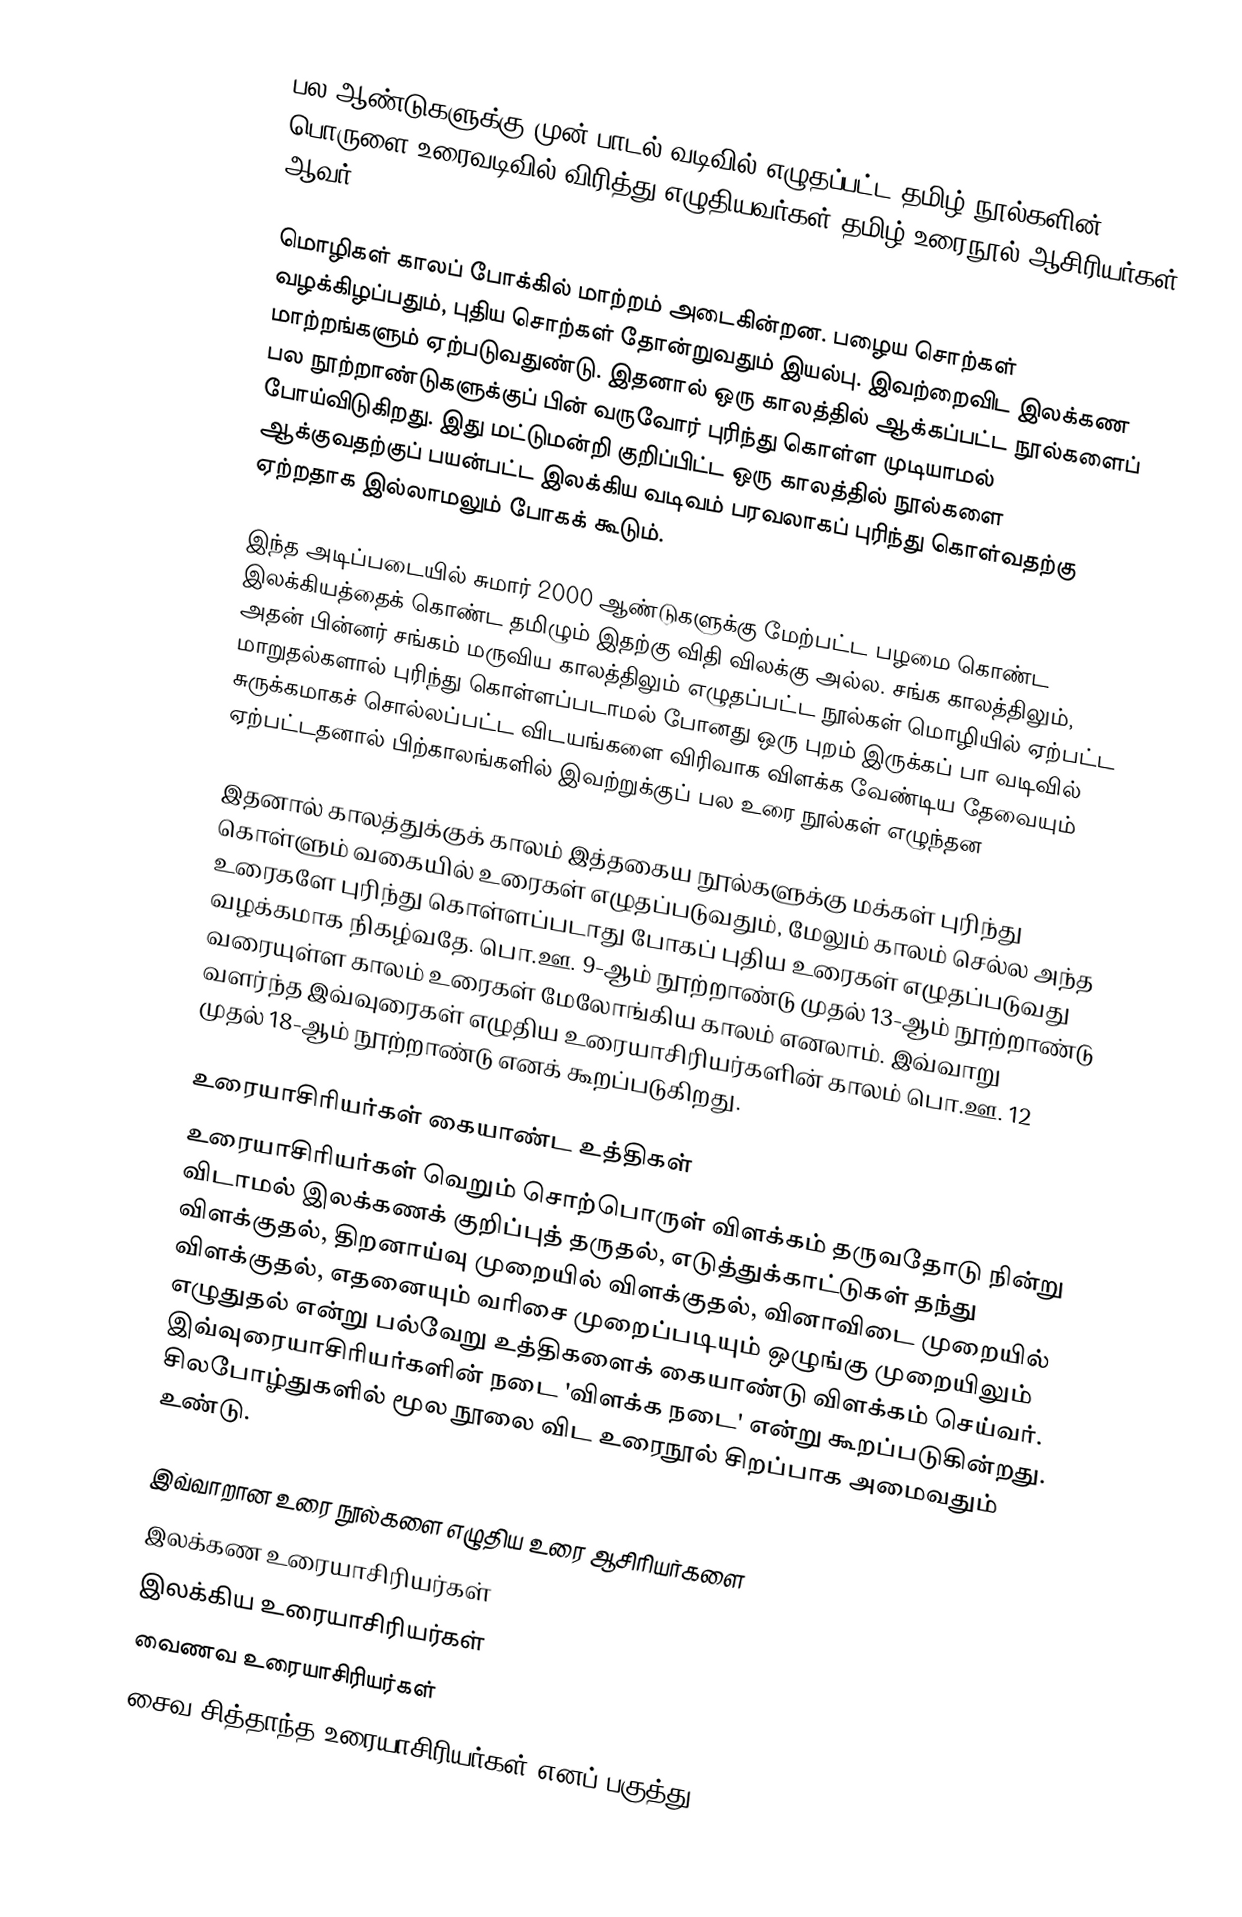
பல ஆண்டுகளுக்கு முன் பாடல் வடிவில் எழுதப்பட்ட தமிழ் நூல்களின் பொருளை உரைவடிவில் விரித்து எழுதியவர்கள் தமிழ் உரைநூல் ஆசிரியர்கள் ஆவர்.

மொழிகள் காலப் போக்கில் மாற்றம் அடைகின்றன. பழைய சொற்கள் வழக்கிழப்பதும், புதிய சொற்கள் தோன்றுவதும் இயல்பு. இவற்றைவிட இலக்கண மாற்றங்களும் ஏற்படுவதுண்டு. இதனால் ஒரு காலத்தில் ஆக்கப்பட்ட நூல்களைப் பல நூற்றாண்டுகளுக்குப் பின் வருவோர் புரிந்து கொள்ள முடியாமல் போய்விடுகிறது. இது மட்டுமன்றி குறிப்பிட்ட ஒரு காலத்தில் நூல்களை ஆக்குவதற்குப் பயன்பட்ட இலக்கிய வடிவம் பரவலாகப் புரிந்து கொள்வதற்கு ஏற்றதாக இல்லாமலும் போகக் கூடும்.

இந்த அடிப்படையில் சுமார் 2000 ஆண்டுகளுக்கு மேற்பட்ட பழமை கொண்ட இலக்கியத்தைக் கொண்ட தமிழும் இதற்கு விதி விலக்கு அல்ல. சங்க காலத்திலும், அதன் பின்னர் சங்கம் மருவிய காலத்திலும் எழுதப்பட்ட நூல்கள் மொழியில் ஏற்பட்ட மாறுதல்களால் புரிந்து கொள்ளப்படாமல் போனது ஒரு புறம் இருக்கப் பா வடிவில் சுருக்கமாகச் சொல்லப்பட்ட விடயங்களை விரிவாக விளக்க வேண்டிய தேவையும் ஏற்பட்டதனால் பிற்காலங்களில் இவற்றுக்குப் பல உரை நூல்கள் எழுந்தன

இதனால் காலத்துக்குக் காலம் இத்தகைய நூல்களுக்கு மக்கள் புரிந்து கொள்ளும் வகையில் உரைகள் எழுதப்படுவதும், மேலும் காலம் செல்ல அந்த உரைகளே புரிந்து கொள்ளப்படாது போகப் புதிய உரைகள் எழுதப்படுவது வழக்கமாக நிகழ்வதே. பொ.ஊ. 9-ஆம் நூற்றாண்டு முதல் 13-ஆம் நூற்றாண்டு வரையுள்ள காலம் உரைகள் மேலோங்கிய காலம் எனலாம். இவ்வாறு வளர்ந்த இவ்வுரைகள் எழுதிய உரையாசிரியர்களின் காலம் பொ.ஊ. 12 முதல் 18-ஆம் நூற்றாண்டு எனக் கூறப்படுகிறது.

உரையாசிரியர்கள் கையாண்ட உத்திகள்
உரையாசிரியர்கள் வெறும் சொற்பொருள் விளக்கம் தருவதோடு நின்று விடாமல் இலக்கணக் குறிப்புத் தருதல், எடுத்துக்காட்டுகள் தந்து விளக்குதல், திறனாய்வு முறையில் விளக்குதல், வினாவிடை முறையில் விளக்குதல், எதனையும் வரிசை முறைப்படியும் ஒழுங்கு முறையிலும் எழுதுதல் என்று பல்வேறு உத்திகளைக் கையாண்டு விளக்கம் செய்வர். இவ்வுரையாசிரியர்களின் நடை 'விளக்க நடை' என்று கூறப்படுகின்றது. சிலபோழ்துகளில் மூல நூலை விட உரைநூல் சிறப்பாக அமைவதும் உண்டு.

இவ்வாறான உரை நூல்களை எழுதிய உரை ஆசிரியர்களை
 இலக்கண உரையாசிரியர்கள்
 இலக்கிய உரையாசிரியர்கள்
 வைணவ உரையாசிரியர்கள்
 சைவ சித்தாந்த உரையாசிரியர்கள் எனப் பகுத்து